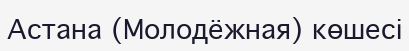
Астана (Молодёжная) көшесі